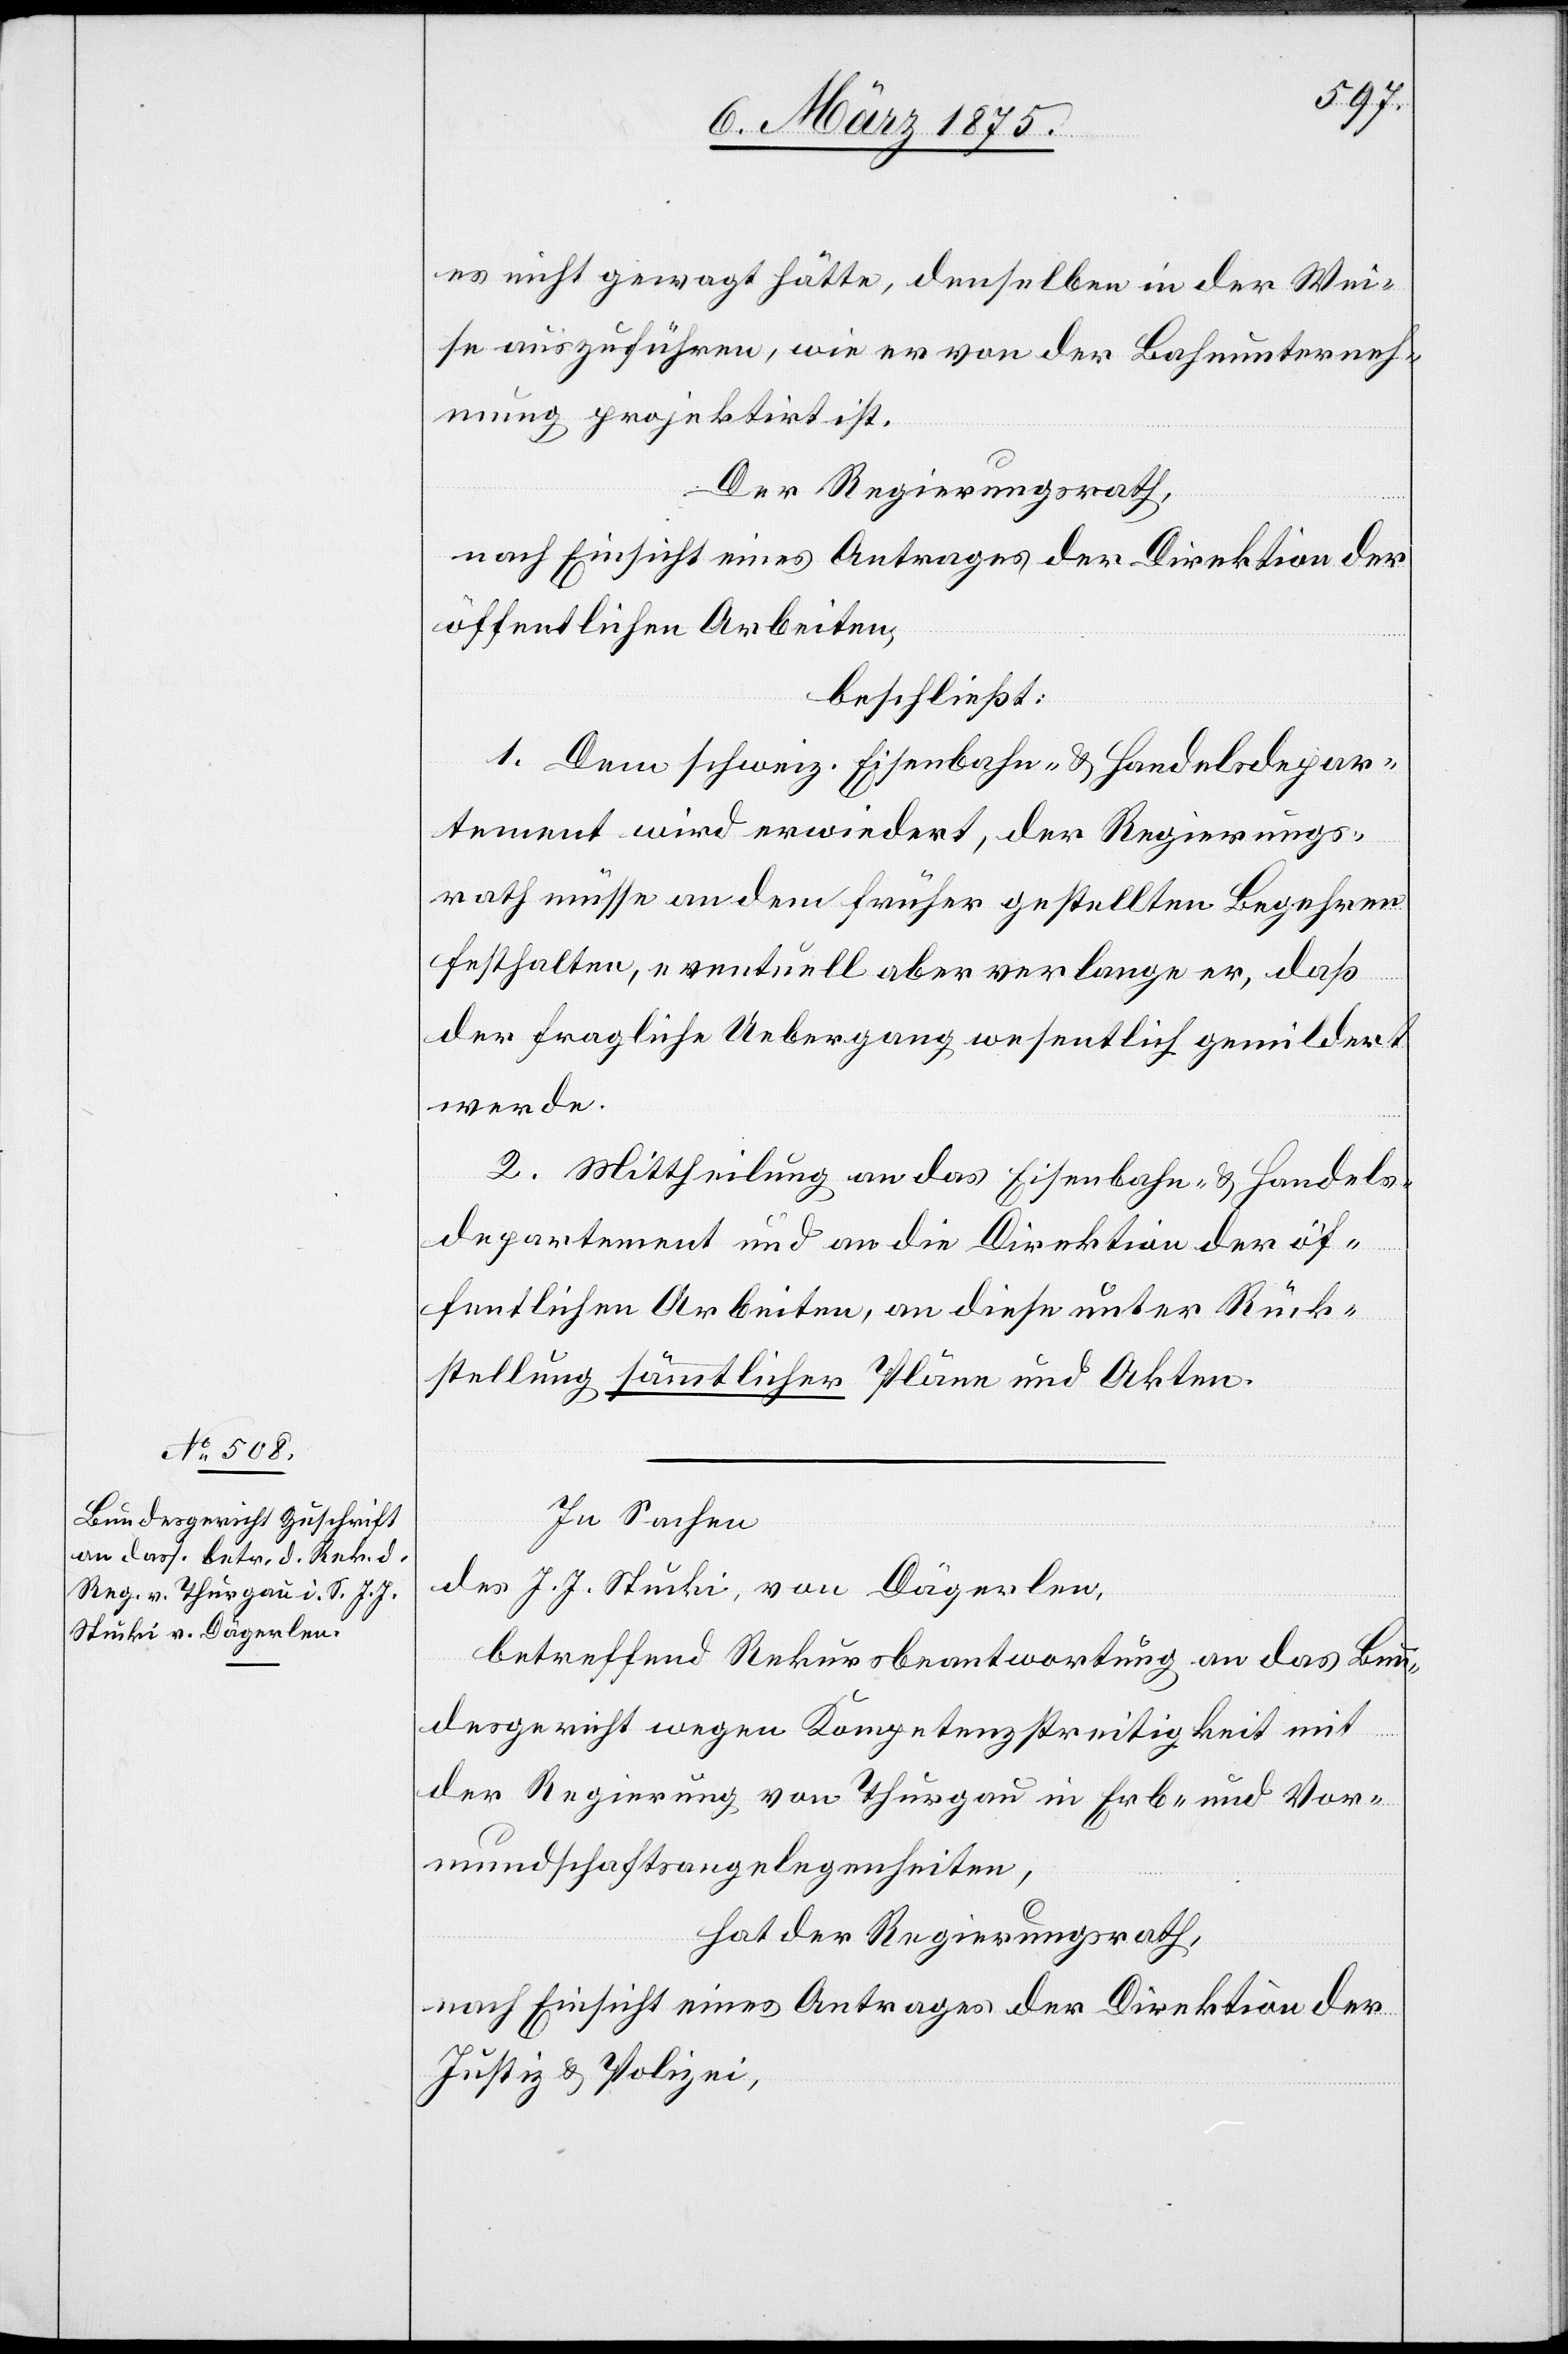
es nicht gewagt hätte, denselben in der Wei¬
se auszuführen, wie er von der Bahnunterneh¬
mung projektirt ist.
Der Regierungsrath,
nach Einsicht eines Antrages der Direktion der
öffentlichen Arbeiten,
beschließt:
1. Dem schweiz. Eisenbahn- & Handelsdepar¬
tement wird erwiedert, der Regierungs¬
rath müsse an dem früher gestellten Begehren
festhalten, eventuell aber verlange er, daß
der fragliche Uebergang wesentlich gemildert
werde.
2. Mittheilung an das Eisenbahn- & Handels¬
departement und an die Direktion der öf¬
fentlichen Arbeiten, an diese unter Rück¬
stellung sämtlicher Pläne und Akten.
In Sachen
des J. J. Stucki, von Dägerlen,
betreffend Rekursbeantwortung an das Bun¬
desgericht wegen Kompetenzstreitigkeit mit
der Regierung von Thurgau in Erb- und Vor¬
mundschaftsangelegenheiten,
hat der Regierungsrath,
nach Einsicht eines Antrages der Direktion der
Justiz & Polizei,